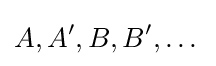
A,A',B,B',\dots